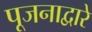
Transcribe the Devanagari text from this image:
पूजनाद्वारे